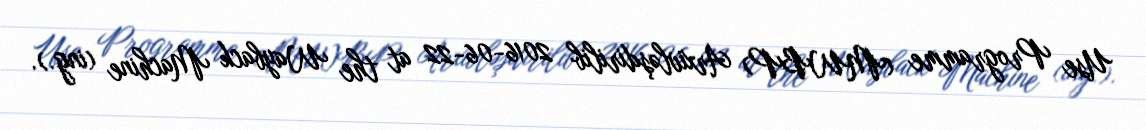
Use Programme (MWBP) Arxivləşdirilib 2016-06-22 at the Wayback Machine (ing.).